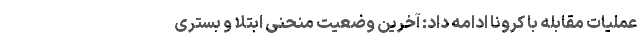
عملیات مقابله با کرونا ادامه داد: آخرین وضعیت منحنی ابتلا و بستری